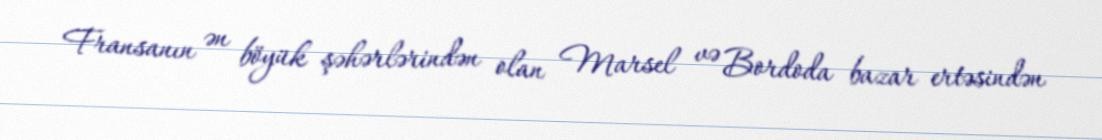
Fransanın ən böyük şəhərlərindən olan Marsel və Bordoda bazar ertəsindən